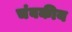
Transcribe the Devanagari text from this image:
चंबकीय